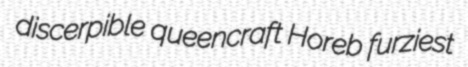
discerpible queencraft Horeb furziest